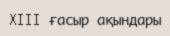
XIII ғасыр ақындары